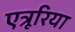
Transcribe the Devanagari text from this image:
एत्रूरिया